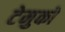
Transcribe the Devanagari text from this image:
टेमुको